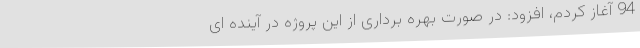
94 آغاز کردم، افزود: در صورت بهره برداری از این پروژه در آینده ای